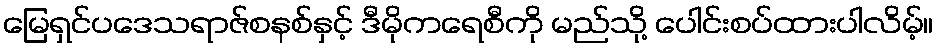
မြေရှင်ပဒေသရာဇ်စနစ်နှင့် ဒီမိုကရေစီကို မည်သို့ ပေါင်းစပ်ထားပါလိမ့်။